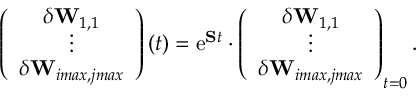
\left( \begin{array} { c } { \delta \mathbf { W } _ { 1 , 1 } } \\ { \vdots } \\ { \delta \mathbf { W } _ { i m a x , j m a x } } \end{array} \right) ( t ) = \mathrm { e } ^ { \mathbf { S } t } \cdot \left( \begin{array} { c } { \delta \mathbf { W } _ { 1 , 1 } } \\ { \vdots } \\ { \delta \mathbf { W } _ { i m a x , j m a x } } \end{array} \right) _ { t = 0 } .